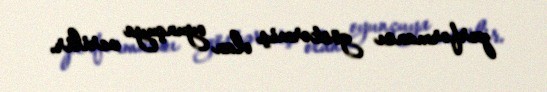
performansı göstərmiş olan oyunçuya verilir.